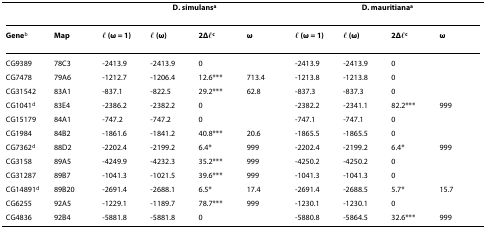
|  |  | <COLSPAN=4> D. simulansa | <COLSPAN=4> D. mauritianaa |
 | --- | --- | --- | --- | --- | --- | --- | --- | --- | --- |
 | Geneb | Map | l (ω = 1) | l (ω) | 2Δlc | ω | l (ω = 1) | l (ω) | 2Δlc | ω |
 | CG9389 | 78C3 | -2413.9 | -2413.9 | 0 |  | -2413.9 | -2413.9 | 0 |  |
 | CG7478 | 79A6 | -1212.7 | -1206.4 | 12.6*** | 713.4 | -1213.8 | -1213.8 | 0 |  |
 | CG31542 | 83A1 | -837.1 | -822.5 | 29.2*** | 62.8 | -837.3 | -837.3 | 0 |  |
 | CG1041d | 83E4 | -2386.2 | -2382.2 | 0 |  | -2382.2 | -2341.1 | 82.2*** | 999 |
 | CG15179 | 84A1 | -747.2 | -747.2 | 0 |  | -747.1 | -747.1 | 0 |  |
 | CG1984 | 84B2 | -1861.6 | -1841.2 | 40.8*** | 20.6 | -1865.5 | -1865.5 | 0 |  |
 | CG7362d | 88D2 | -2202.4 | -2199.2 | 6.4* | 999 | -2202.4 | -2199.2 | 6.4* | 999 |
 | CG3158 | 89A5 | -4249.9 | -4232.3 | 35.2*** | 999 | -4250.2 | -4250.2 | 0 |  |
 | CG31287 | 89B7 | -1041.3 | -1021.5 | 39.6*** | 999 | -1041.3 | -1041.3 | 0 |  |
 | CG14891d | 89B20 | -2691.4 | -2688.1 | 6.5* | 17.4 | -2691.4 | -2688.5 | 5.7* | 15.7 |
 | CG6255 | 92A5 | -1229.1 | -1189.7 | 78.7*** | 999 | -1230.1 | -1230.1 | 0 |  |
 | CG4836 | 92B4 | -5881.8 | -5881.8 | 0 |  | -5880.8 | -5864.5 | 32.6*** | 999 |